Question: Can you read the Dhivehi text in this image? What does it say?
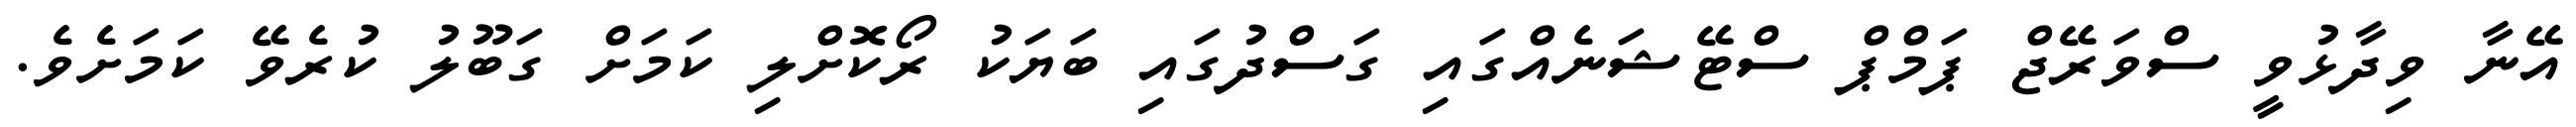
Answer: އޭނާ ވިދާޅުވީ ސްވަރޭޖް ޕަމްޕް ސްޓޭޝަނެއްގައި ގަސްދުގައި ބަޔަކު ރޯކޮށްލި ކަމަށް ގަބޫލު ކުރެވޭ ކަމަށެވެ.